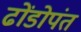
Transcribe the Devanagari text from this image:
ढोंडोपंत